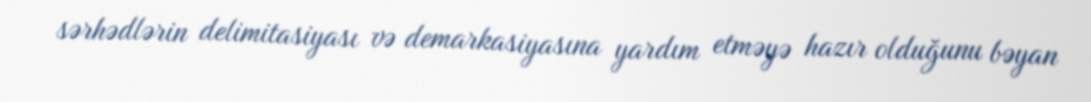
sərhədlərin delimitasiyası və demarkasiyasına yardım etməyə hazır olduğunu bəyan